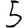
Digit: 5